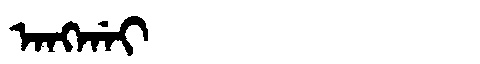
Manchu: ᠠᠩᡤᠠᡳ
Romanization: ANGGAI